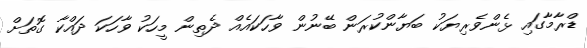
ޑްރާމާގައި ޅެންވެރިޔަކު ބަޔާންކުރަން ބޭނުން ވާހަކައެއް ދެތިން މީހަކު ވާހަކަ ދައްކާ ގޮތަށް